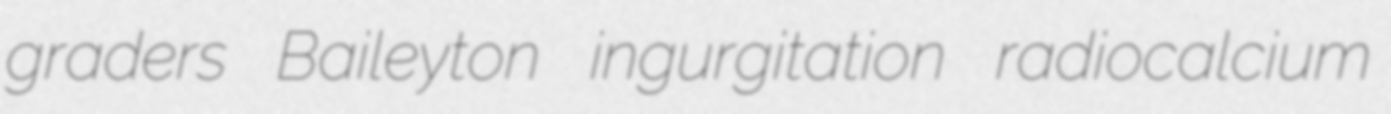
graders Baileyton ingurgitation radiocalcium